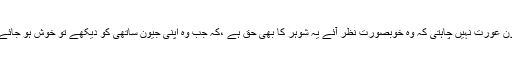
کون عورت نہیں چاہتی کہ وہ خوبصورت نظر آئے یہ شوہر کا بھی حق ہے ،کہ جب وہ اپنی جیون ساتھی کو دیکھے تو خوش ہو جائے ۔